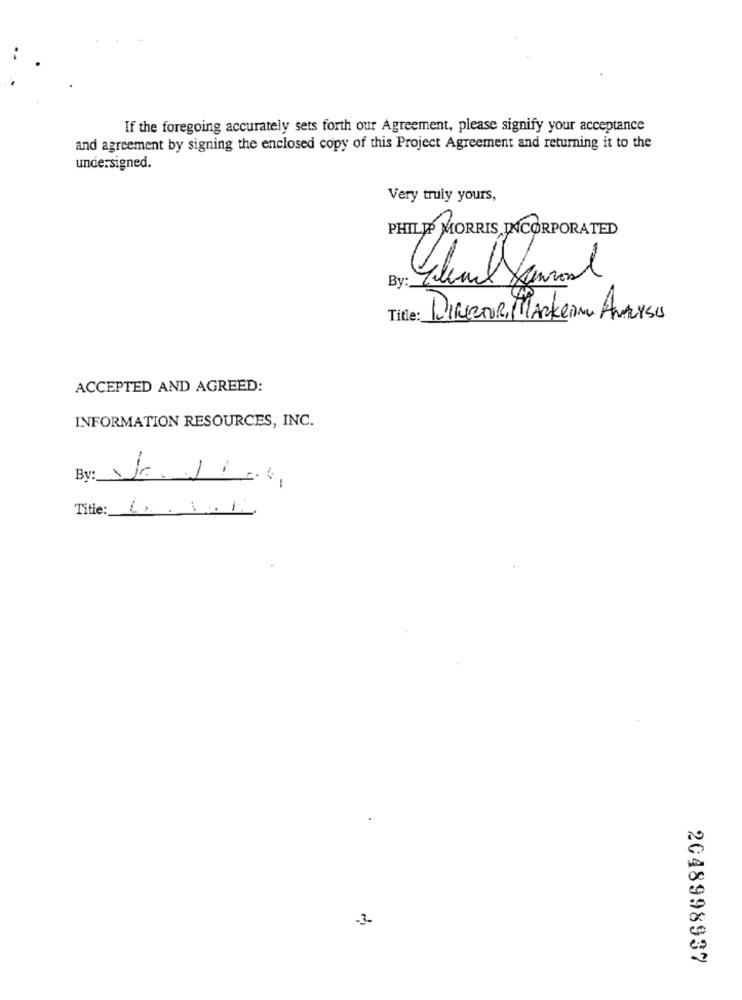
If the foregoing accurately sets forth our Agreement, please signify your acceptance
and agreement by signing the enclosed copy of this Project Agreement and returning it to the
undersigned.
Very truly yours,
PHILIP MORRIS INCORPORATED
By:
Title: DIRECTOR, MARkein ANverso
ACCEPTED AND AGREED:
INFORMATION RESOURCES, INC.
-
By:
Title: 1 ....
-3-
2048998937